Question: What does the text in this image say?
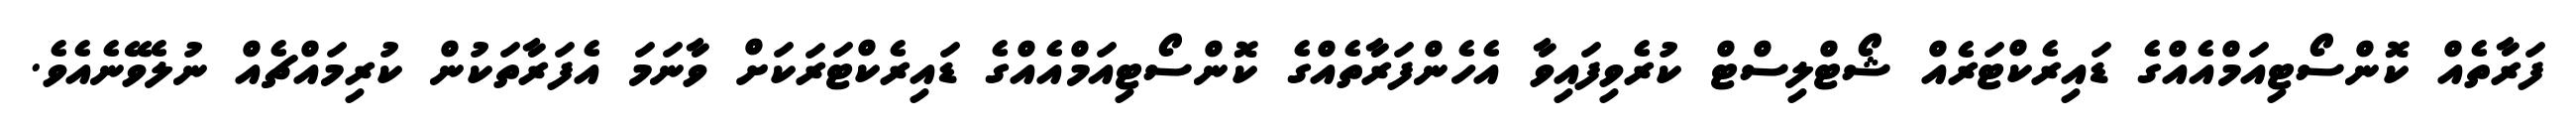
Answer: ފަރާތެއް ކޮންސޯޓިއަމްއެއްގެ ޑައިރެކްޓަރެއް ޝޯޓްލިސްޓް ކުރެވިފައިވާ އެހެންފަރާތެއްގެ ކޮންސޯޓިއަމްއެއްގެ ޑައިރެކްޓަރަކަށް ވާނަމަ އެފަރާތަކުން ކުރިމައްޗެއް ނުލެވޭނެއެވެ.